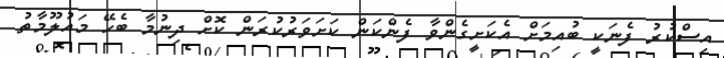
އިސްކުރު ފެނަކީ ބުއިމަށް އެކަށީގެންވާ ފެންކަން ކަށަވަރުކުރަން ކޮށް ދިނުމާ ބެހޭ މައުލޫމާތު